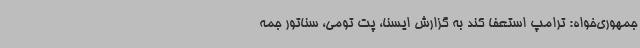
جمهوری‌خواه: ترامپ استعفا کند به گزارش ایسنا، پت تومی، سناتور جمه